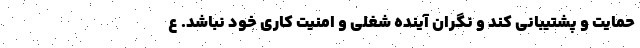
حمایت و پشتیبانی کند و نگران آینده شغلی و امنیت کاری خود نباشد. ع